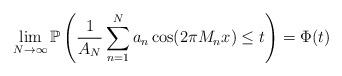
LaTeX: \begin{align*}\lim_{N\to\infty}\mathbb{P}\left(\frac{1}{A_N}\sum_{n=1}^Na_n\cos(2\pi M_nx)\leq t \right)=\Phi(t)\end{align*}